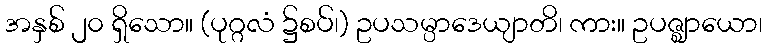
အနှစ် ၂၀ ရှိသော။ (ပုဂ္ဂလံ ၌စပ်၊) ဥပသမ္ပာဒေယျာတိ၊ ကား။ ဥပဇ္ဈာယော၊